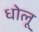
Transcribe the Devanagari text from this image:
धोलू